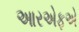
આરએફએ